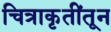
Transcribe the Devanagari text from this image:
चित्राकृतींतून